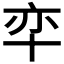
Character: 𱑎